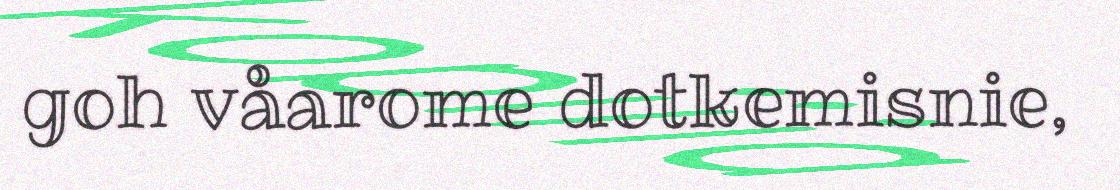
goh våarome dotkemisnie,